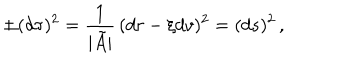
\pm ( d \tau ) ^ { 2 } = \frac { 1 } { \vert \tilde { A } \vert } \, ( d r - \xi d v ) ^ { 2 } = ( d s ) ^ { 2 } \, ,